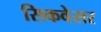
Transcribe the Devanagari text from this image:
सिकवेसर